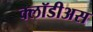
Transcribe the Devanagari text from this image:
क्लॉडीअस